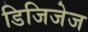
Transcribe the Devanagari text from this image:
डिजिजेज